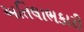
અતિલાભકારી